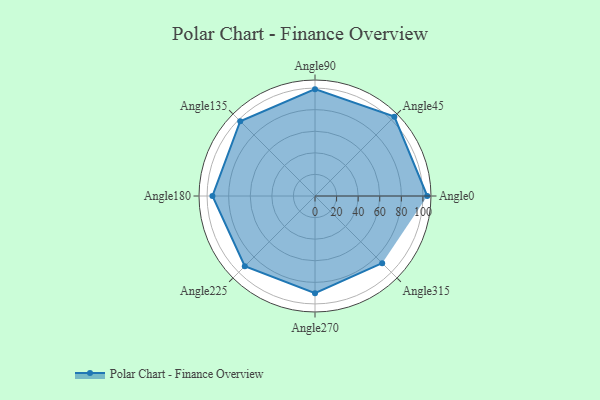
{"axis": {"x": "Angle", "y": "Radius"}, "legend": [""], "data": [{"x": "Angle0", "y": 104.0, "type": ""}, {"x": "Angle45", "y": 104.0, "type": ""}, {"x": "Angle90", "y": 99.0, "type": ""}, {"x": "Angle135", "y": 98.0, "type": ""}, {"x": "Angle180", "y": 95.0, "type": ""}, {"x": "Angle225", "y": 92.0, "type": ""}, {"x": "Angle270", "y": 90.0, "type": ""}, {"x": "Angle315", "y": 88.0, "type": ""}]}